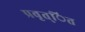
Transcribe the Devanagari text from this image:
प्रवृत्ित